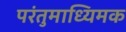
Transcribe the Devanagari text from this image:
परंतुमाध्यिमक